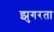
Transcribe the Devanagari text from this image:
झुगरता